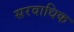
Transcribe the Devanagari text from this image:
सरवाधिक